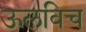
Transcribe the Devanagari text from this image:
ऊलविच